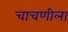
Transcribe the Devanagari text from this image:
चाचणीला